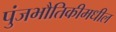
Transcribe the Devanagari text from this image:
पुंजभौतिकीमधील